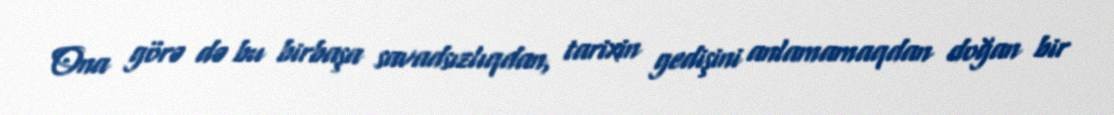
Ona görə də bu birbaşa savadsızlıqdan, tarixin gedişini anlamamaqdan doğan bir